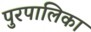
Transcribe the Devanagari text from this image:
पुरपालिका